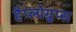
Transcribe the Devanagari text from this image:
हैप्लोग्रुप्स